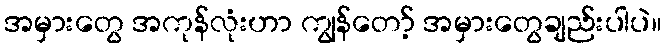
အမှားတွေ အကုန်လုံးဟာ ကျွန်တော့် အမှားတွေချည်းပါပဲ။